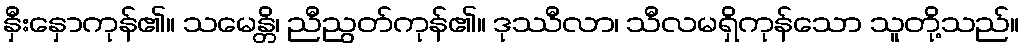
နှီးနှောကုန်၏။ သမေန္တိ၊ ညီညွတ်ကုန်၏။ ဒုဿီလာ၊ သီလမရှိကုန်သော သူတို့သည်။